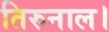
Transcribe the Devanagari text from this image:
तिरुनाल।